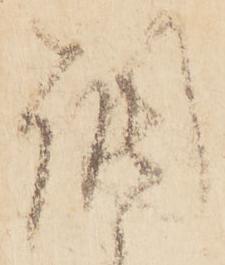
調